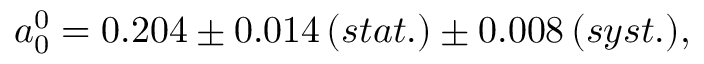
a _ { 0 } ^ { 0 } = 0 . 2 0 4 \pm 0 . 0 1 4 \, ( s t a t . ) \pm 0 . 0 0 8 \, ( s y s t . ) ,